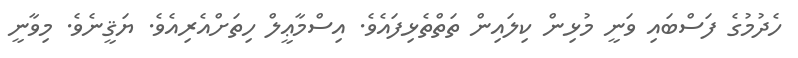
ހެދުމުގެ ފަސްބައި ވަނީ މުޅިން ކިލައިން ތަތްތެޅިފައެވެ. އިސްމާޢީލް ހިތަށްއެރިއެވެ. ޔަޤީނެވެ. މިވާނީ